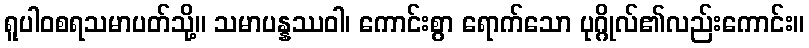
ရူပါဝစရသမာပတ်သို့။ သမာပန္နဿဝါ၊ ကောင်းစွာ ရောက်သော ပုဂ္ဂိုလ်၏လည်းကောင်း။